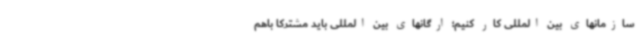
سازمانهای بین المللی کار کنیم؛ ارگانهای بین المللی باید مشترکا باهم